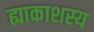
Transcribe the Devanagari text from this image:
ह्याकाशस्य